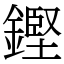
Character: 鏗